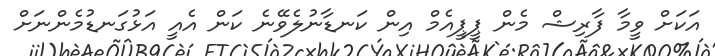
އަކަށް ވީމާ ފާރިޝް މެން ޕީޕީއެމް އިން ކަނޑާނުލެވޭނެ ކަން އެއީ އަޅުގަނޑުމެންނަށް